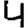
Digit: 4